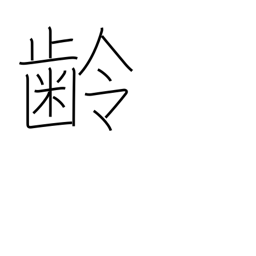
Meaning: age